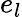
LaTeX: e_{l}